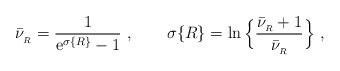
\begin{align*}\bar\nu_{_R}={1\over {\rm e}^{\sigma\{R\}} -1}\ , \qquad \sigma\{R\}= \ln\Big\{ {\bar\nu_{_R}+1\over\bar\nu_{_R}}\Big\} \ ,\end{align*}